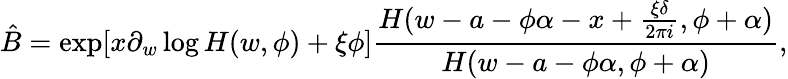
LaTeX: \hat{B}=\exp[x\partial_{w}\log H(w,\phi)+\xi\phi]\frac{H(w-a-\phi\alpha-x+\frac{\xi\delta}{2\pi i},\phi+\alpha)}{H(w-a-\phi\alpha,\phi+\alpha)},